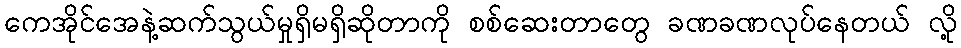
ကေအိုင်အေနဲ့ဆက်သွယ်မှုရှိမရှိဆိုတာကို စစ်ဆေးတာတွေ ခဏခဏလုပ်နေတယ် လို့